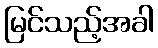
မြင်သည့်အခါ